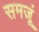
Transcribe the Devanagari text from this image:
समजूं